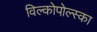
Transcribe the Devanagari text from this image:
विल्कोपोल्स्का